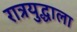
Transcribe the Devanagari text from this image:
रात्रयुद्धाला